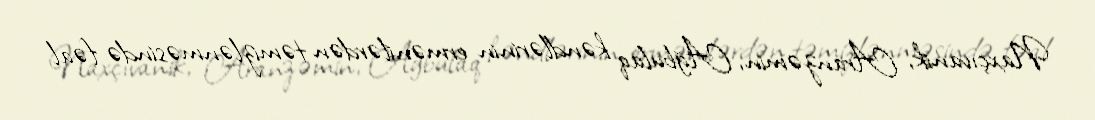
Naxçıvanik, Aranzəmin, Ağbulaq kəndlərinin ermənilərdən təmizlənməsində fəal